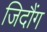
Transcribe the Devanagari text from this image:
जिदौंग